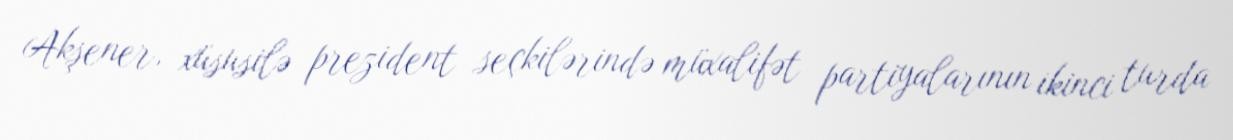
Akşener, xüsusilə prezident seçkilərində müxalifət partiyalarının ikinci turda